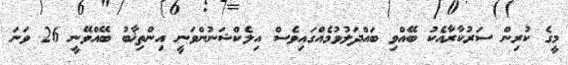
މީގެ ކުރިން ސަރުކާރާއެކު ބޭއްވި ބައްދަލުވުމެއްގައިވެސް އިލެކްޝަނުންވަނީ އިންތިޚާބު ބޭއްވޭނީ 26 ވަނަ